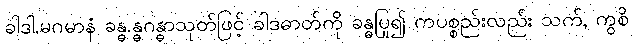
ခါဒါ.မဂမာနံ ခန္ဓ.န္ဓဂန္ဓာသုတ်ဖြင့် ခါဒဓာတ်ကို ခန္ဓပြု၍ ကပစ္စည်းလည်း သက်, ကွစိ